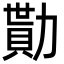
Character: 勩